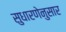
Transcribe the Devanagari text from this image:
सुधारणेनुसार